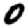
Digit: 0